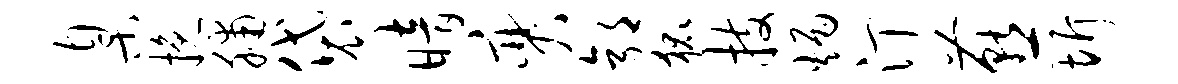
臬挽脯袋暗奕郭狐技炳汀燕圻